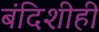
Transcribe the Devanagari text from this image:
बंदिशीही